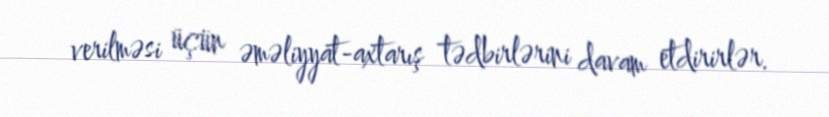
verilməsi üçün əməliyyat-axtarış tədbirlərini davam etdirirlər.